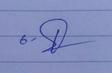
Signature authenticity: genuine